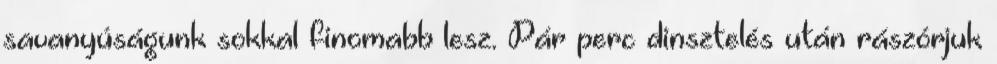
savanyúságunk sokkal finomabb lesz. Pár perc dinsztelés után rászórjuk